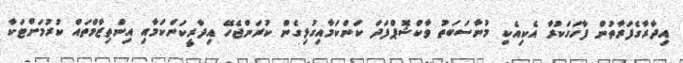
އިދާރާގެފަރާތުން ފާހަގަކުރާ އެކިއެކި މުނާސަބަތު ވާކްޝޮޕްފަދަ ކަންކަމާއިގުޅިގެން ކުރަންޖެހޭ އިދާރީކަންކަމާއި އިންތިޒާމްތައް ކުރުމަށްޓަކާ